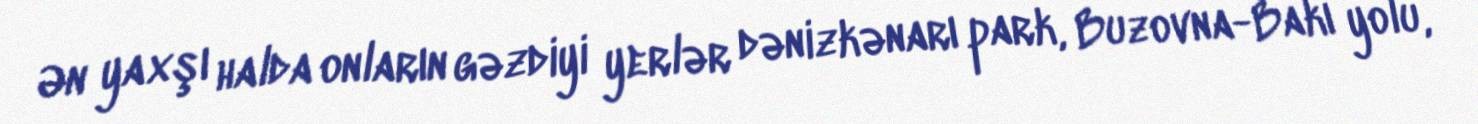
Ən yaxşı halda onların gəzdiyi yerlər dənizkənarı park, Buzovna-Bakı yolu,